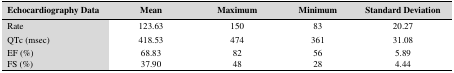
<table><thead><tr><td><b>Echocardiography Data</b></td><td><b>Mean</b></td><td><b>Maximum</b></td><td><b>Minimum</b></td><td><b>Standard Deviation</b></td></tr></thead><tbody><tr><td>Rate</td><td>123.63</td><td>150</td><td>83</td><td>20.27</td></tr><tr><td>QTc (msec)</td><td>418.53</td><td>474</td><td>361</td><td>31.08</td></tr><tr><td>EF (%)</td><td>68.83</td><td>82</td><td>56</td><td>5.89</td></tr><tr><td>FS (%)</td><td>37.90</td><td>48</td><td>28</td><td>4.44</td></tr></tbody></table>